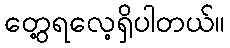
တွေ့ရလေ့ရှိပါတယ်။